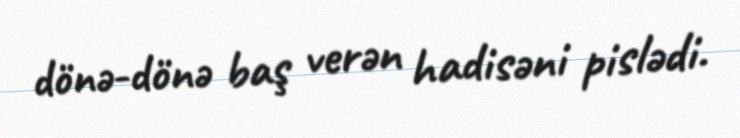
dönə-dönə baş verən hadisəni pislədi.